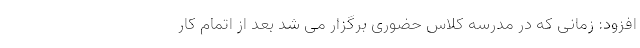
افزود: زمانی که در مدرسه کلاس حضوری برگزار می شد بعد از اتمام کار